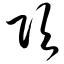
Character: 项